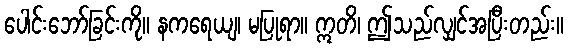
ပေါင်းဘော်ခြင်းကို။ နကရေယျ၊ မပြုရာ။ ဣတိ၊ ဤသည်လျှင်အပြီးတည်း။